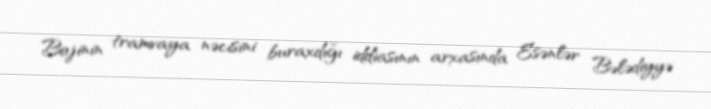
Bojinin tramvaya nəcisini buraxdığı iddiasının arxasında Esənlər Bələdiyyə